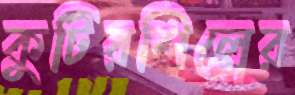
কুটিরশিল্পের